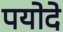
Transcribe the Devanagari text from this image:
पयोदे